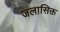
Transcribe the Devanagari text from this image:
जलासिक्त